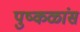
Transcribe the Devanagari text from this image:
पुष्कळांस